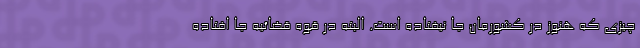
چیزی که هنوز در کشورمان جا نیفتاده است. البته در قوه قضائیه جا افتاده